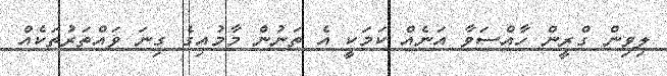
ލިވިން ގްރީން ހާއްސަވާ އަނެއް ކަމަކީ އެ ތަނުން މާމުއިގެ ގިނަ ވައްތަރުތަކެއް